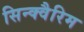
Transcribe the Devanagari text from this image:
सिन्क्वैरिम